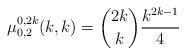
LaTeX: \begin{align*}\mu^{0,2k}_{0,2}(k,k) = {2k \choose k} {k^{2k-1}\over 4}\end{align*}